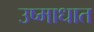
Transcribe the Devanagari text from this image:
उष्माधात